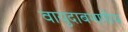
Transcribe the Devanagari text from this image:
वायुदाबमापीय